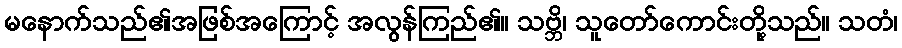
မနောက်သည်၏အဖြစ်အကြောင့် အလွန်ကြည်၏။ သဗ္ဘိ၊ သူတော်ကောင်းတို့သည်။ သတံ၊